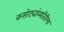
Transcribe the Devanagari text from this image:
कसोट्यांव्यतिरिक्त